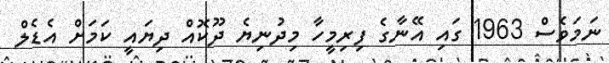
ނަމަވެސް 1963 ގައި އޭނާގެ ފިރިމީހާ މިދުނިޔެ ދޫކޮއް ދިޔައީ ކަމަށް އެޑެލް